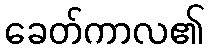
ခေတ်ကာလ၏